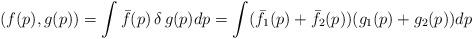
LaTeX: \begin{align*}(f(p),g(p))= \int \bar f(p)\, \delta \, g(p)dp=\int( \bar f_1(p)+ \bar f_2(p))(g_1(p)+g_2(p))dp\end{align*}